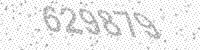
Solution: 629879